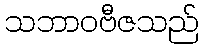
သဘာဝဗီဇသည်